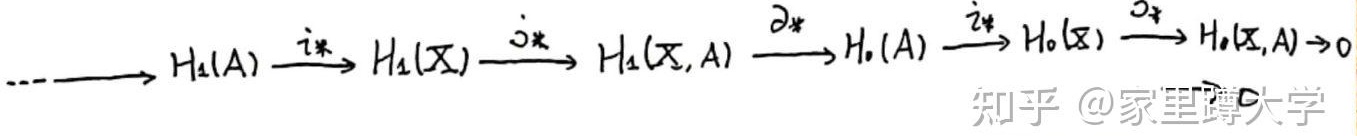
$\cdots \longrightarrow H_1(A) \stackrel{i_*}{\longrightarrow} H_1(X) \stackrel{j_*}{\longrightarrow} H_1(X,A) \stackrel{\partial_*}{\longrightarrow} H_0(A) \stackrel{i_*}{\longrightarrow} H_0(X) \stackrel{\partial_*}{\longrightarrow} H_0(X,A) \to 0$